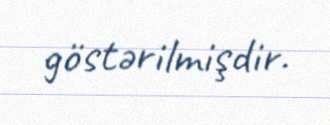
göstərilmişdir.